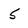
Character: 5